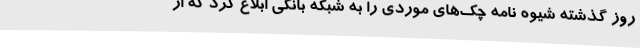
روز گذشته شیوه نامه چک‌های موردی را به شبکه بانکی ابلاغ کرد که از